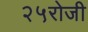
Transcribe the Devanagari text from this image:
२५रोजी